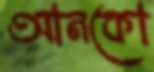
আনকো